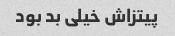
پیتزاش خیلی بد بود